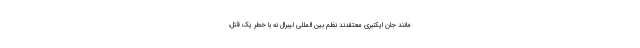
مانند جان ایکنبری معتقدند نظم بین المللی لیبرال نه با خطر یک قتل،